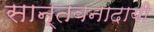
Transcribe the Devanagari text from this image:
सान्तवनादायी